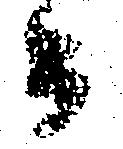
而